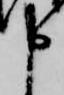
申